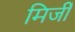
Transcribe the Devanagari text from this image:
मिर्जी